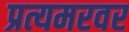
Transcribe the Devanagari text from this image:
प्रत्यमरवर